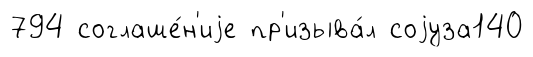
794 соглаше́н'иjе пр'изыва́л соjуза140